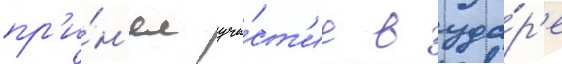
пр'и́н'ял уча́ст'ие в уда́р'е